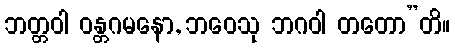
ဘတ္တဝါ ဝန္တဂမနော, ဘဝေသု ဘဂဝါ တတော”တိ။